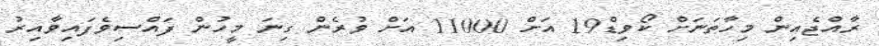
ރާއްޖެއިން މިހާތަނަށް ކޯވިޑް19 އަށް 11000 އަށް ވުރެން ގިނަ މީހުން ފައްސިވެފައިވާއިރު